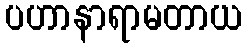
ပဟာနာရာမတာယ